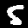
Label: 5